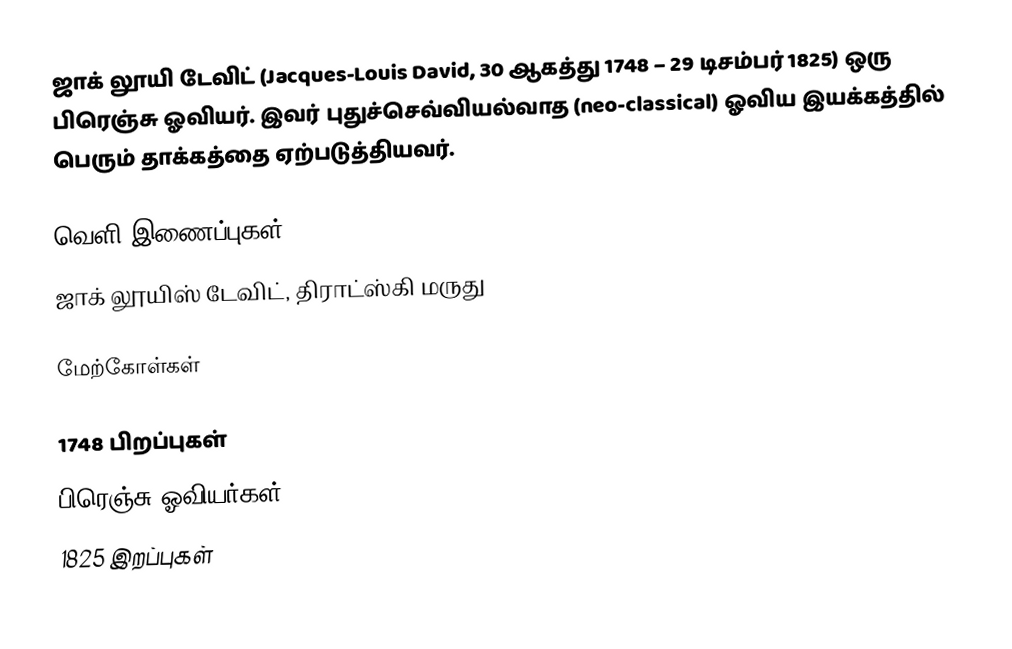
ஜாக் லூயி டேவிட் (Jacques-Louis David, 30 ஆகத்து 1748 – 29 டிசம்பர் 1825) ஒரு பிரெஞ்சு ஓவியர். இவர் புதுச்செவ்வியல்வாத (neo-classical) ஓவிய இயக்கத்தில் பெரும் தாக்கத்தை ஏற்படுத்தியவர்.

வெளி இணைப்புகள்
ஜாக் லூயிஸ் டேவிட், திராட்ஸ்கி மருது

மேற்கோள்கள்

1748 பிறப்புகள்
பிரெஞ்சு ஓவியர்கள்
1825 இறப்புகள்